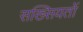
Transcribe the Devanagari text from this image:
सख्सियतों